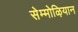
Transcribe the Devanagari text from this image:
सेम्मोऴियान